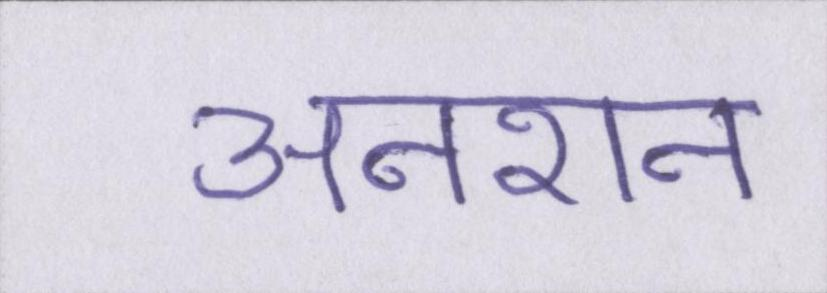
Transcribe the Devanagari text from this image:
अनशन